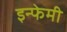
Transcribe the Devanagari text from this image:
इन्फेमी